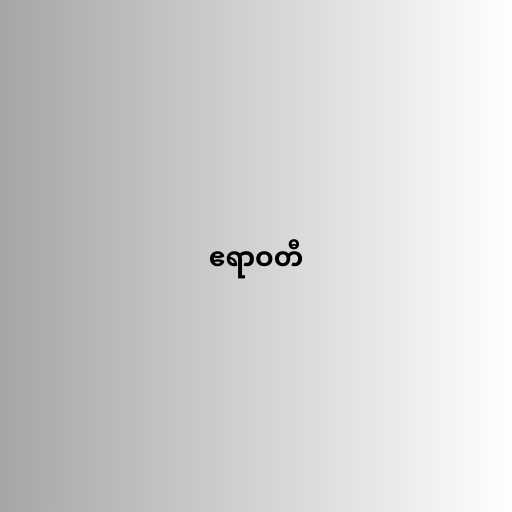
ဧရာဝတီ